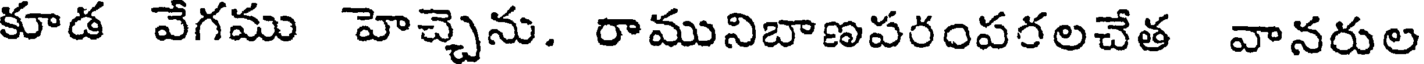
కూడ వేగము హెచ్చెను. రామునిబాణపరంపరలచేత వానరుల